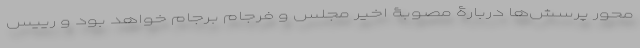
محور پرسش‌ها دربارۀ مصوبۀ اخیر مجلس و فرجام برجام خواهد بود و رییس